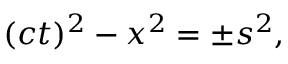
( c t ) ^ { 2 } - x ^ { 2 } = \pm s ^ { 2 } ,